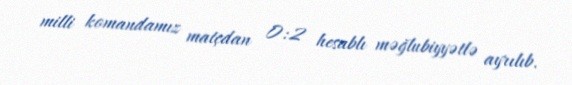
milli komandamız matçdan 0:2 hesablı məğlubiyyətlə ayrılıb.